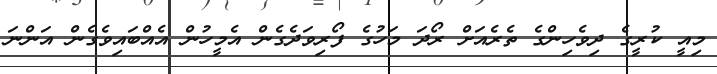
މިއީ ކުރީގެ ދިވެހިންގެ ތެރެއަށް ރޯދަ މަހުގެ ފޯރިވަދެގެން އެމީހުން އެއްބައިވެގެން އަންނަ